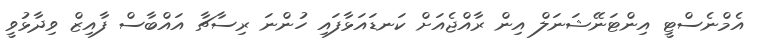
އެމްނެސްޓީ އިންޓަނޭޝަނަލް އިން ރާއްޖެއަށް ކަނޑައަޅާފައި ހުންނަ ރިސާޗާ އައްބާސް ފާއިޒް ވިދާޅުވީ